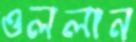
ওললান